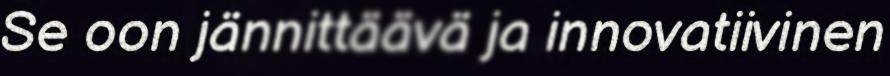
Se oon jännittäävä ja innovatiivinen